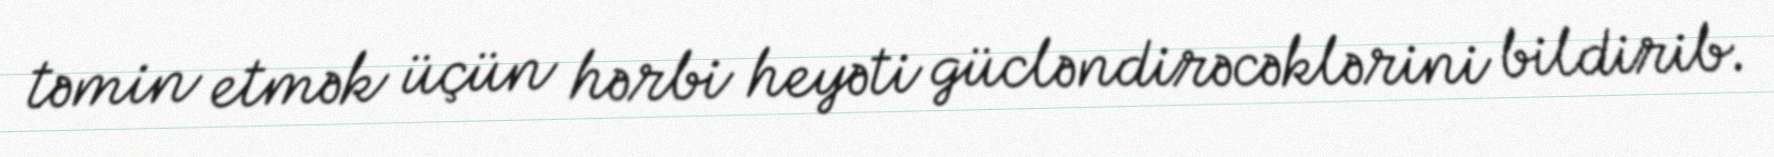
təmin etmək üçün hərbi heyəti gücləndirəcəklərini bildirib.